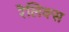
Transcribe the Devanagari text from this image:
रेलिक्स